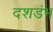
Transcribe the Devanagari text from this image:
दशडंभ